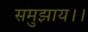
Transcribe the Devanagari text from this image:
समुझाय।।